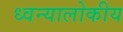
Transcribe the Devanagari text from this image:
ध्वन्यालोकीय